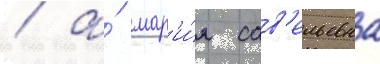
/ а́ мар'и́я сав'ельевна